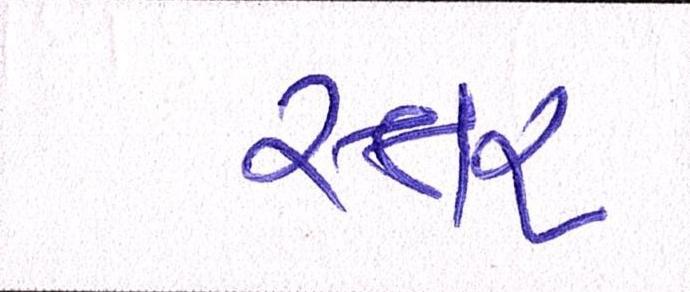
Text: સ્તર